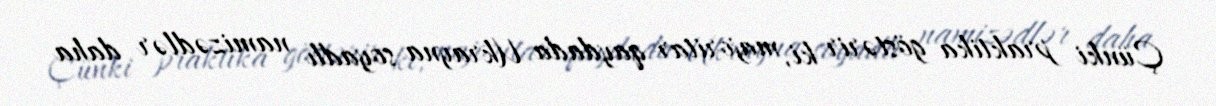
Çünki praktika göstərir ki, majoritar qaydada Ukrayna soyadlı namizədlər daha